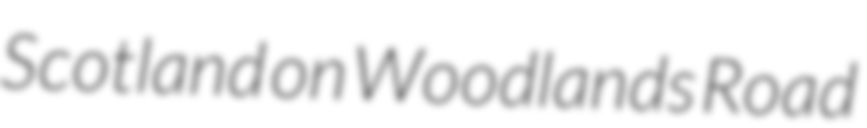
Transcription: Scotland on Woodlands Road